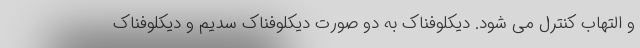
و التهاب کنترل می شود. دیکلوفناک به دو صورت دیکلوفناک سدیم و دیکلوفناک